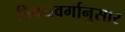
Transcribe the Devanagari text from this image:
विषयवर्गानुसार